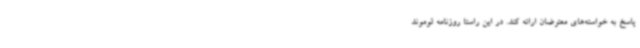
پاسخ به خواسته‌های معترضان ارائه کند. در این راستا روزنامه لوموند